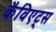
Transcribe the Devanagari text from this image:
कैविएट्स